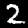
Label: 2